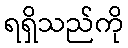
ရရှိသည်ကို